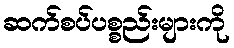
ဆက်စပ်ပစ္စည်းများကို